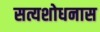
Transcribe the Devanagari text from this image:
सत्यशोधनास